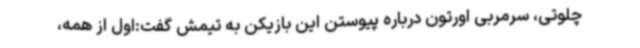
چلوتی، سرمربی اورتون درباره پیوستن این بازیکن به تیمش گفت:اول از همه،